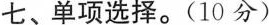
七、单项选择。(10分)